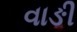
વાઙી